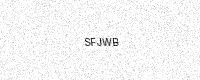
Text: SFJWB